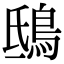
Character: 鴟